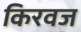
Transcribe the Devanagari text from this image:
किरवज